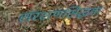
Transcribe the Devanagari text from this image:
संरक्षणसिद्धता